Report on sanitation, dispensaries, and jails in Rajputana for 1919, and on vaccination for the year 1919-1920 - 1919-1920
Year: 1919
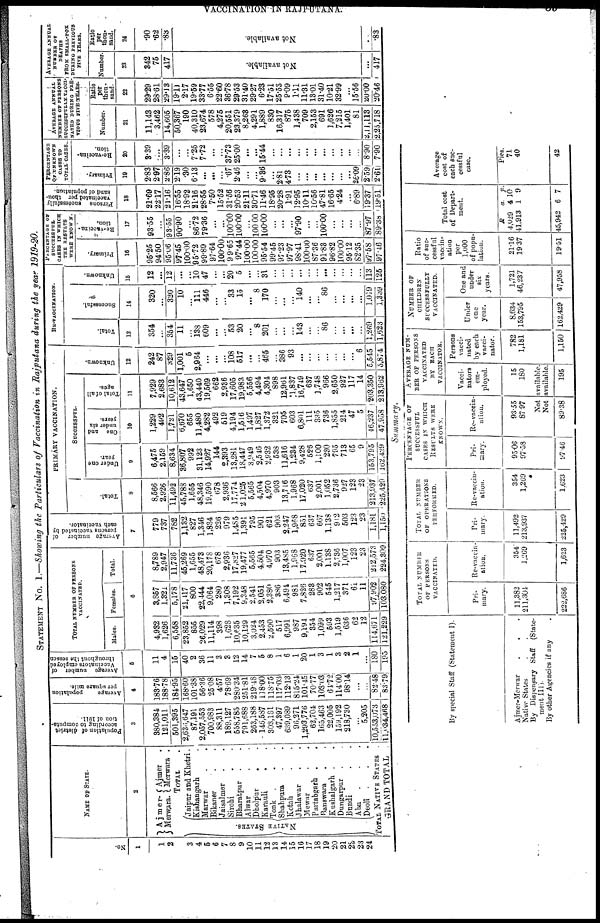
VACCINATION IN RAJPUTANA. 39
STATEMENT No. I.—Showing the Particulars of Vaccination in Rajputana during the year 1919-20.
No.
1
1
2
3
4
5
6
7
8
9
10
11
12
13
14
15
16
17
18
19
20
21
22
23
24
NAME OF STATE.
2
Ajmer
Merwara.
Aimer .
Merwara .
TOTAL .
NATIVE STATES.
Jaipur and Khetri.
Kishangarh .
Marwar . .
Bikaner . .
Jaisalmer . .
Sirohi . .
Bharatpur . .
Alwar . . .
Dholpur . .
Karauli . .
Tonk . .
Shahpura . .
Kotah . .
Jhalawar . .
Mewar . .
Partabgarh . .
Banswara . .
Kushalgarh . .
Dungarpur . .
Bundi . .
Abu . .
Deoli . .
TOTAL NATIVE STATES .
GRAND TOTAL .
Population of district
according to computa-
tion of 1911.
3
380,384
121,011
501,395
2,636,647
87,191
2,057,553
700,983
88,311
189,127
558,785
791,688
263,188
146,537
303,181
47,397
639,089
96,271
1,293,776
62,704
165,463
22,005
159,192
218,730
...
5,205
10,553,073
11,034,468
Average
population
per square mile.
4
183.76
188.78
184.95
168.60
101.38
56.36
25.08
4.57
78.69
280.34
251.81
219.48
118.00
118.75
117.03
112.13
815.24
101.45
70.77
103.03
64.72
114.00
98.14
...
...
82.48
83.79
Average number of
Vaccinators employed
throughout the season
5
11
4
15
40
2
36
11
3
3
12
14
7
5
8
1
6
1
20
1
3
1
3
2
1
...
180
195
TOTAL NUMBER OF PERSONS
VACCINATED.
Males.
Females.
Total.
6
4,932
1,626
6,558
23,852
855
26,029
11,114
398
1,628
10,635
10,129
3,024
2,453
2,590
517
6,991
987
9,194
354
1,099
593
1,519
636
62
12
114,671
121,229
3,857
1,321
5,178
21,417
800
22,444
9,064
280
1,308
7,192
9,348
2,541
2,051
2,380
386
6,494
981
7,826
283
902
545
1,217
371
61
11
97,902
103,080
8,789
2,947
11,736
45,269
1,655
48,473
20,178
678
2,936
17,827
19,477
5,565
4,504,
4,970
903
13,485
1,968
17,020
637
2,001
1,138
2,736
1,007
123
23
212,573
224,300
Average number of
persons vaccinated by
each vaccinator.
7
779
737
782
1,132
827
1,346
1,834
226
979
1,485
1,391
795
901
621
903
2,247
1,968
831
637
667
1,138
912
503
123
23
1,181
1,150
PRIMARY VACCINATION.
Total.
8
8,566
2,926
11,492
45,788
1,655
48,346
19,590
678
2,936
17,774
21,025
5,565
4,504
4,970
903
13,716
1,968
17,020
637
2,001
1,052
2,736
927
123
23
213,937
225,429
SUCCESSFUL.
Under one
year.
9
6,475
2,159
8,634
36,807
992
31,123
14,927
144
2,393
13,281
18,447
3,949
2,546
2,932
538
11,616
1,234
9,428
526
1,100
230
795
713
65
9
153,795
162,429
One and
under six
years.
10
1,229
492
1,721
6,670
655
11,480
4,282
492
519
4,194
1,516
1,497
1,827
1,372
321
705
603
6,801
111
335
736
1,855
214
47
5
46,237
47,958
Total of all
ages.
11
7,929
2,683
10,612
43,647
1,650
43,440
19,569
662
2,936
17,605
19,983
5,556
4,494
4,304
898
12,961
1,837
16,749
637
1,748
966
2,650
927
117
14
203,350
213,962
RE-VACCINATION.
Unknown.
12
242
87
329
1,001
5
2,964
...
...
...
108
517
...
...
465
...
386
93
...
...
...
...
...
...
...
6
5,545
5,874
Total.
13
354
...
354
11
...
138
609
...
...
53
20
...
8
201
...
...
...
143
...
...
86
...
...
...
...
1,269
1,623
Successful.
14
320
...
320
10
...
111
446
...
...
33
15
...
8
170
...
...
...
140
...
...
86
...
...
...
...
1.069
1,339
Unknown.
15
12
...
12
...
...
10
47
...
...
20
5
...
...
31
...
...
...
...
...
...
...
...
...
...
...
113
125
PERCENTAGE OF
SUCCESSFUL
CASES IN WHICH
THE RESULTS
WERE KNOWN.
Primary.
16
95.25
94.50
95.06
97.45
100.00
95.72
99.89
97.64
100.00
99.65
97.44
100.00
100.00
95.54
99.45
97.23
97.97
98.41
100.00
87.36
91.83
96.82
100.00
96.12
82.35
97.58
97.46
Re-vaccina-
tion.
17
93.55
...
93.55
90.90
...
86.72
79.36
...
...
100.00
100.00
...
100.00
100.00
...
...
...
97.90
...
...
100.00
...
...
...
...
87.97
89.38
Persons successfully
vaccinated per thou-
sand of population.
18
21.69
22.17
21.16
16.55
18.92
21.16
28.55
7.50
15.52
31.56
20.53
21.11
30.71
11.46
18.95
20.28
1.91
12.95
10.11
10.56
47.81
16.65
4.24
...
6.89
19.37
19.51
PERCENTAGE
OF UNKNOWN
CASES TO
TOTAL CASES
Primary.
19
2.83
2.97
2.86
2.19
.30
6.13
...
...
...
.67
2.46
...
...
9.86
...
2.81
4.73
...
...
...
...
...
...
...
26.09
2.59
2.61
Re-vaccina-
tion.
20
3.39
...
3.39
...
...
7.25
7.72
...
...
37.73
25.00
...
...
15.44
...
...
...
...
...
...
...
...
...
...
...
8.90
7.90
AVERAGE
ANNUAL
NUMBER
OF PERSONS
SUCCESSFULLY VACCI-
NATED DURING PER-
VIOUS FIVE YEARS.
Number.
21
11,143
3,462
14,605
50,367
190
40,310
23,674
578
4,275
20,551
23,379
8,263
4,291
1,889
830
16,317
875
1,438
709
2,153
691
1,626
7,215
1,401
81
2,11,113
2,25,718
Ratio
per
thou-
sand.
22
29.29
28.61
29.13
19.11
2.17
19.59
33.77
6.55
22.60
36.78
29.53
31.40
29.27
6.23
17.51
25.53
9.09
1.11
11.31
13.01
31.40
10.21
32.99
...
15.56
20.00
20.46
AVERAGE ANNUAL
NUMBER OF
DEATHS
FROM SMALL-POX
DURING PREVIOUS
FIVE YEARS.
Number.
23
342
75
417
Not available.
...
417
Ratio
per
thou-
sand.
24
.90
.62
.83
Not available.
. .
.83
Summary.
By special Staff (Statement I).
Ajmer-Merwar . . . .
Native States . . . .
By Dispensary Staff (State-
ment III ).
By other Agencies if any
TOTAL NUMBER
OF PERSONS
VACCINATED.
Pri-
mary.
11,382
211,304
222,686
Re-vaccin-
ation.
354
1,269
1,623
TOTAL
NUMBER
OF
OPERATIONS
PERFORMED.
Pri-
mary.
11,492
213,937
225,429
Re-vaccin-
ation.
354
1,269
1,623
PERCENTAGE OF
SUCCESSFUL
CASES IN WHICH
RESULTS WERE
KNOWN.
Pri-
mary.
95.06
97.58
97.46
Re-vaccin-
ation.
93.55
87.97
AVERAGE NUM-
BER OF PERSONS
VACCINATED
BY EACH
VACCINATOR.
Vacci-
nators
em-
ployed.
15
180
Not available.
Not available.
80.38
195
Persons
vacci-
nated
by each
vacci-
nator.
782
1,181
1,150
NUMBER OF
CHILDREN
SUCCESSFULLY
VACCINATED.
Under
one
year.
8,634
153,795
162,429
One and
under
six
years.
1,721
46,237
47,958
Ratio
of suc-
cessful
vaccin-
ation
per
1,000
of popu-
lation.
21.16
19.37
19.51
Total cost
of Depart-
ment.
R
4,029
41,913
45,942
a.
4
1
6
p.
10
9
7
Average
cost of
each suc-
cessful
case.
Pies.
71
40
42